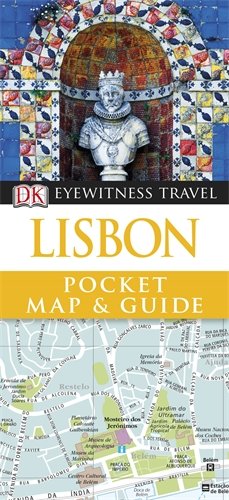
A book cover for DK Eyewitness Pocket Map and Guide: Lisbon; Dorling Kindersley ( DK CHU BAN SHE ); Travel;